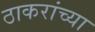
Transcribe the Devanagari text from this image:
ठाकरांच्या